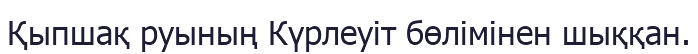
Қыпшақ руының Күрлеуіт бөлімінен шыққан.